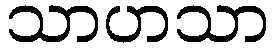
သာဟသာ